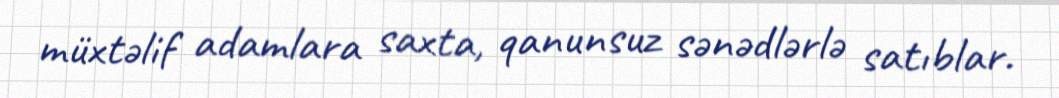
müxtəlif adamlara saxta, qanunsuz sənədlərlə satıblar.